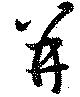
并